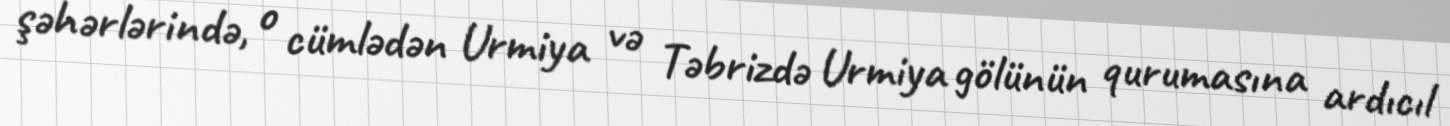
şəhərlərində, o cümlədən Urmiya və Təbrizdə Urmiya gölünün qurumasına ardıcıl